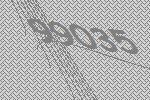
99035